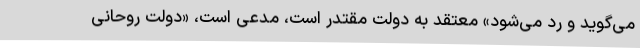
می‌گوید و رد می‌شود» معتقد به دولت مقتدر است، مدعی است، «دولت روحانی